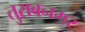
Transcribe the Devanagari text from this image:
तुराबनगर